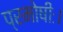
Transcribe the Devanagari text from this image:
प्रमोषीः।